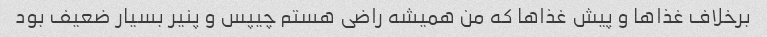
برخلاف غذاها و پیش غذاها که من همیشه راضی هستم چیپس و پنیر بسیار ضعیف بود